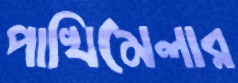
পাখিমেলার